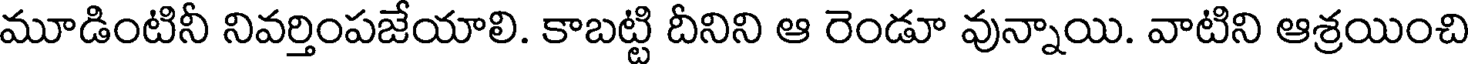
మూడింటినీ నివర్తింపజేయాలి. కాబట్టి దీనిని ఆ రెండూ వున్నాయి. వాటిని ఆశ్రయించి